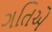
ગતિએ